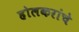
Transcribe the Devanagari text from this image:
होलकरांचे